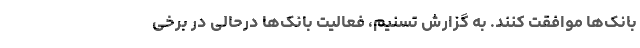
بانک‌ها موافقت کنند. به گزارش تسنیم، فعالیت بانک‌ها درحالی در برخی